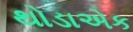
થોડાએક